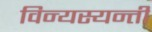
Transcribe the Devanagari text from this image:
विन्यस्यन्ती